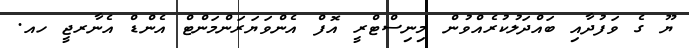
ޔޫ ގެ ވަފުދާއި ބައްދަލުކުރެއްވުން މިނިސްޓްރީ އޮފް އެންވަޔަރަންމަންޓް އެންޑް އެނާރޖީ ހއ.